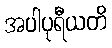
အပါပုရီယတိ